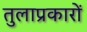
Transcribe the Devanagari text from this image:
तुलाप्रकारों